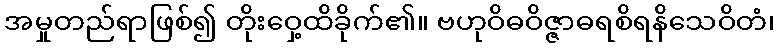
အမှုတည်ရာဖြစ်၍ တိုးဝှေ့ထိခိုက်၏။ ဗဟုဝိဓဝိဇ္ဇာဓရစိရနိသေဝိတံ၊